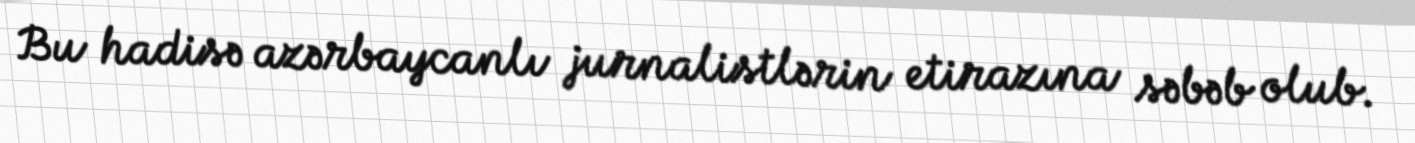
Bu hadisə azərbaycanlı jurnalistlərin etirazına səbəb olub.